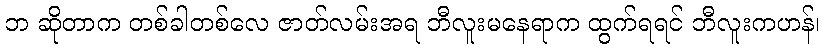
ဘ ဆိုတာက တစ်ခါတစ်လေ ဇာတ်လမ်းအရ ဘီလူးမနေရာက ထွက်ရရင် ဘီလူးကဟန်၊